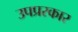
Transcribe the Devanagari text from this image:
उपप्ररकार